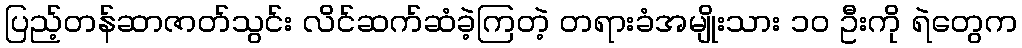
ပြည့်တန်ဆာဇာတ်သွင်း လိင်ဆက်ဆံခဲ့ကြတဲ့ တရားခံအမျိုးသား ၁၀ ဦးကို ရဲတွေက